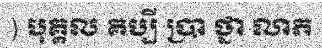
) បុគ្គល គប្បី ប្រា ថ្នា លាភ